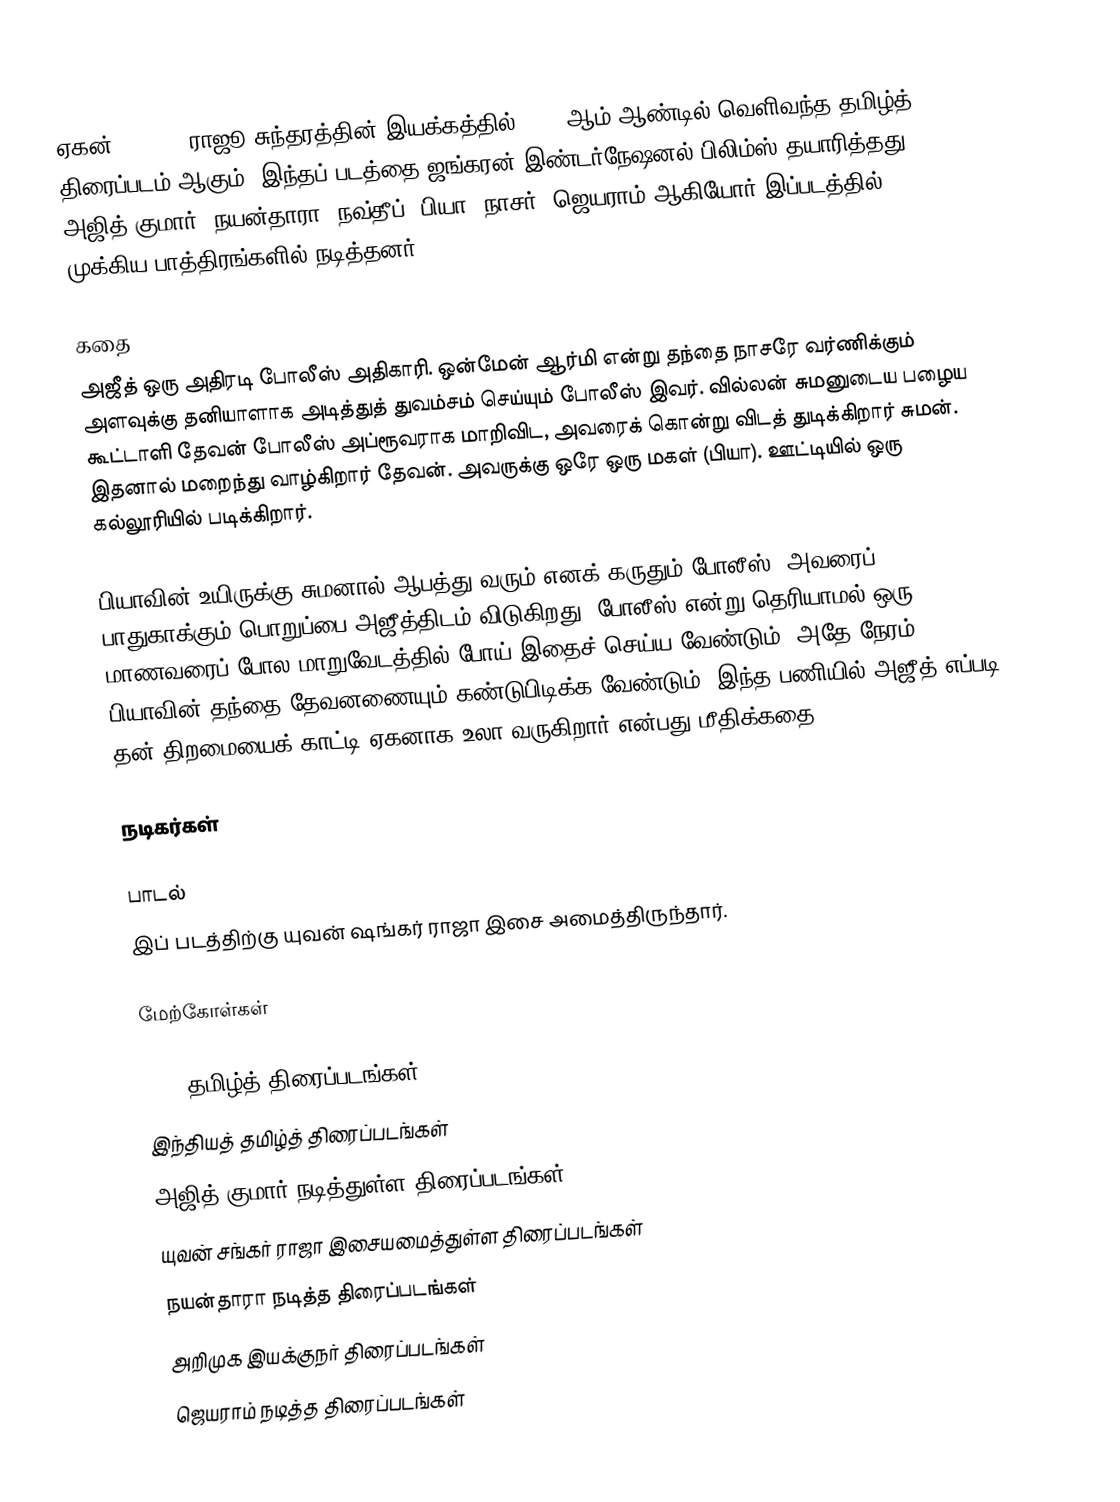
ஏகன் (Aegan) ராஜூ சுந்தரத்தின் இயக்கத்தில் 2008 ஆம் ஆண்டில் வெளிவந்த தமிழ்த் திரைப்படம் ஆகும். இந்தப் படத்தை ஜங்கரன் இண்டர்நேஷனல் பிலிம்ஸ் தயாரித்தது. அஜித் குமார், நயன்தாரா, நவ்தீப், பியா, நாசர், ஜெயராம் ஆகியோர் இப்படத்தில் முக்கிய பாத்திரங்களில் நடித்தனர்.

கதை
அஜீத் ஒரு அதிரடி போலீஸ் அதிகாரி. ஒன்மேன் ஆர்மி என்று தந்தை நாசரே வர்ணிக்கும் அளவுக்கு தனியாளாக அடித்துத் துவம்சம் செய்யும் போலீஸ் இவர். வில்லன் சுமனுடைய பழைய கூட்டாளி தேவன் போலீஸ் அப்ரூவராக மாறிவிட, அவரைக் கொன்று விடத் துடிக்கிறார் சுமன். இதனால் மறைந்து வாழ்கிறார் தேவன். அவருக்கு ஒரே ஒரு மகள் (பியா). ஊட்டியில் ஒரு கல்லூரியில் படிக்கிறார்.

பியாவின் உயிருக்கு சுமனால் ஆபத்து வரும் எனக் கருதும் போலீஸ், அவரைப் பாதுகாக்கும் பொறுப்பை அஜீத்திடம் விடுகிறது. போலீஸ் என்று தெரியாமல் ஒரு மாணவரைப் போல மாறுவேடத்தில் போய் இதைச் செய்ய வேண்டும், அதே நேரம் பியாவின் தந்தை தேவனணையும் கண்டுபிடிக்க வேண்டும். இந்த பணியில் அஜீத் எப்படி தன் திறமையைக் காட்டி ஏகனாக உலா வருகிறார் என்பது மீதிக்கதை.

நடிகர்கள்

பாடல்
இப் படத்திற்கு யுவன் ஷங்கர் ராஜா இசை அமைத்திருந்தார்.

மேற்கோள்கள்

2008 தமிழ்த் திரைப்படங்கள்
இந்தியத் தமிழ்த் திரைப்படங்கள்
அஜித் குமார் நடித்துள்ள திரைப்படங்கள்
யுவன் சங்கர் ராஜா இசையமைத்துள்ள திரைப்படங்கள்
நயன்தாரா நடித்த திரைப்படங்கள்
அறிமுக இயக்குநர் திரைப்படங்கள்
ஜெயராம் நடித்த திரைப்படங்கள்